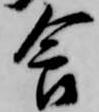
食